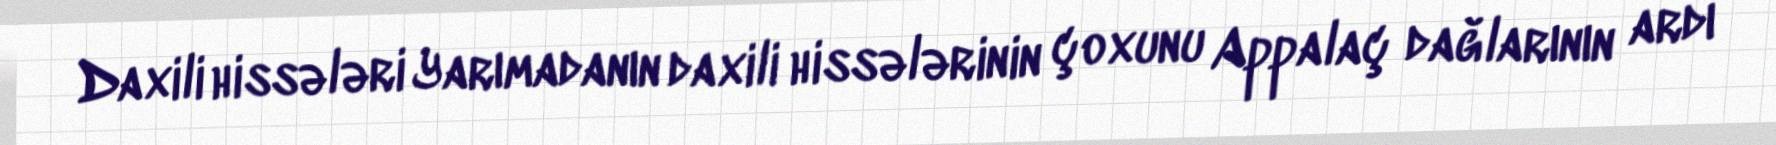
Daxili hissələri Yarımadanın daxili hissələrinin çoxunu Appalaç dağlarının ardı